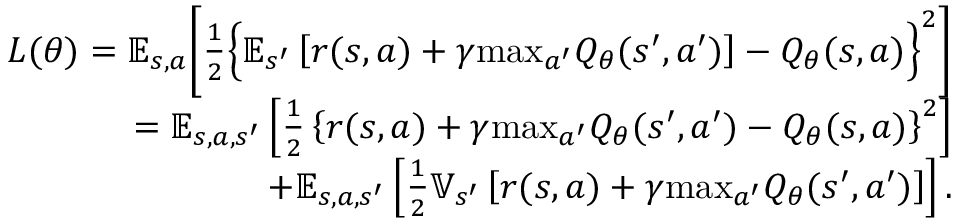
\begin{array} { r } { L ( \theta ) = \mathbb { E } _ { s , a } \bigg [ \frac { 1 } { 2 } \Big \lbrace \mathbb { E } _ { s ^ { \prime } } \left[ r ( s , a ) + \gamma \mathrm { m a x } _ { a ^ { \prime } } Q _ { \theta } ( s ^ { \prime } , a ^ { \prime } ) \right] - Q _ { \theta } ( s , a ) \Big \rbrace ^ { 2 } \bigg ] } \\ { = \mathbb { E } _ { s , a , s ^ { \prime } } \left[ \frac { 1 } { 2 } \left\lbrace r ( s , a ) + \gamma \mathrm { m a x } _ { a ^ { \prime } } Q _ { \theta } ( s ^ { \prime } , a ^ { \prime } ) - Q _ { \theta } ( s , a ) \right\rbrace ^ { 2 } \right] } \\ { + \mathbb { E } _ { s , a , s ^ { \prime } } \left[ \frac { 1 } { 2 } \mathbb { V } _ { s ^ { \prime } } \left[ r ( s , a ) + \gamma \mathrm { m a x } _ { a ^ { \prime } } Q _ { \theta } ( s ^ { \prime } , a ^ { \prime } ) \right] \right] . } \end{array}